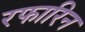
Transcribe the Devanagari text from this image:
रफारिन